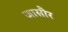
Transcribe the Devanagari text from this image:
जासौर